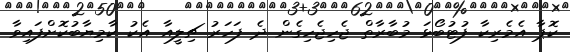
ކޮޕާ އެމެރިކާ ފުޓުބޯޅަ މުބާރާތް ޖެހިޖެހިގެން ދެ ފަހަރު ޗިލީއާ އެކު ކާމިޔާބުކޮށްފައިވާ